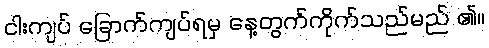
ငါးကျပ် ခြောက်ကျပ်ရမှ နေ့တွက်ကိုက်သည်မည် ၏။